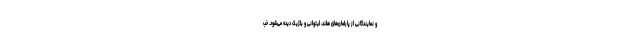
و نمایندگانی از پارلمان‌های هلند، لیتوانی و بلژیک دیده می‌شود. خب